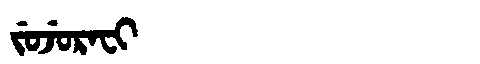
Manchu: ᠵᡠᠵᡠᡵᠠᠸᡳ
Romanization: JUJURAFI